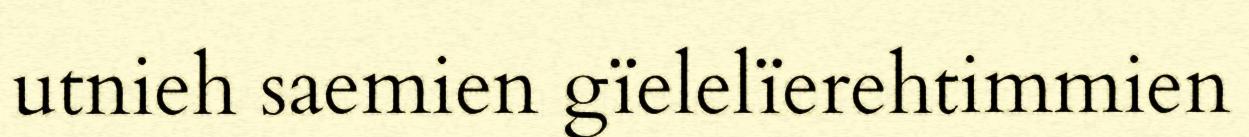
utnieh saemien gïelelïerehtimmien